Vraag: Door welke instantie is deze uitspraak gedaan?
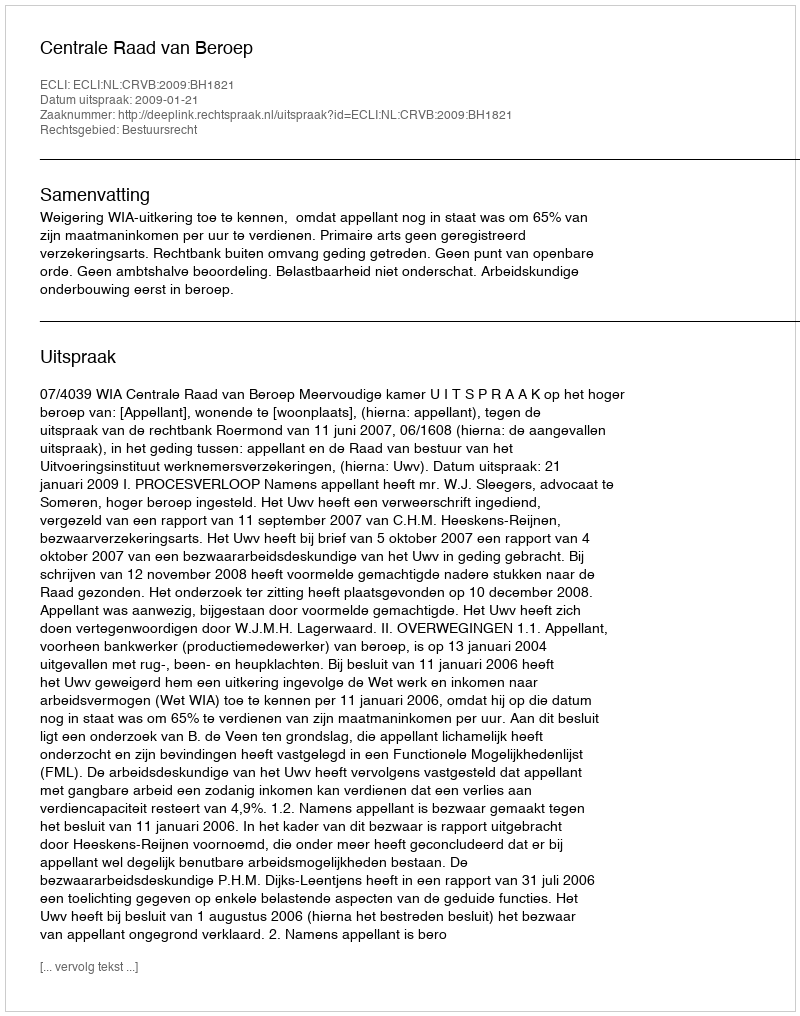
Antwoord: Centrale Raad van Beroep